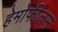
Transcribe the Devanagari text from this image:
हेमोफीलस